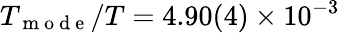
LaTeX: T_{\mathrm{~m~o~d~e~}}/T=4.90(4)\times 10^{-3}